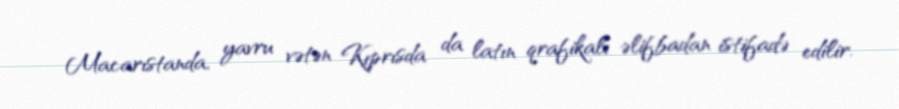
Macarıstanda, yavru vətən Kıprısda da latın qrafikalı əlifbadan istifadə edilir.